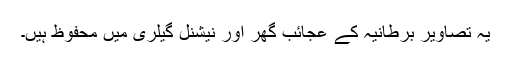
یہ تصاویر برطانیہ کے عجائب گھر اور نیشنل گیلری میں محفوظ ہیں۔